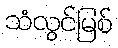
သံလွင်မြစ်